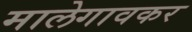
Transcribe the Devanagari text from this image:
मालेगावकर